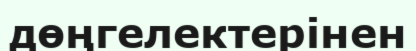
дөңгелектерінен